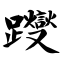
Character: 躞